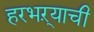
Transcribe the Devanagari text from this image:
हरभऱ्याची